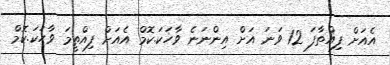
އެއަށް ފިއްތާފަ 12 ވަނަ އަށް އިންނަނެ ވާހަކަ.ކޮމް އެއަށް ފިއްތީމަ ވާހަކަ.ކޮމް